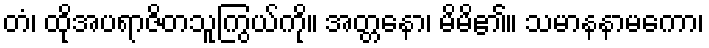
တံ၊ ထိုအပရာဇိတသူကြွယ်ကို။ အတ္တနော၊ မိမိ၏။ သမာနနာမကော၊